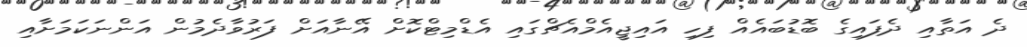
ދެ އަތާއި ދެފައިގެ ބޮޑުބައެއް ފިހި އައިޖީއެމްއެޗްގައި އެޑްމިޓްކޮށް އޭނާއަށް ފަރުވާދެމުން އަންނަކަމަށާއި